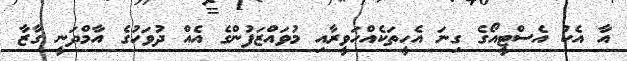
އާ އެކު އެސްޓީއޯގެ ގިނަ އެހީތަކެއްހަވީރާއި މުވައްޒަފުންގެ އެއް ދުވަހުގެ އާމްދަނީ ގާޒާ